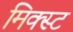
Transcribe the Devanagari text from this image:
मिक्स्ट